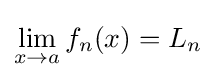
\lim _{x\to a}f_{n}(x)=L_{n}